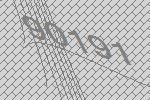
90191